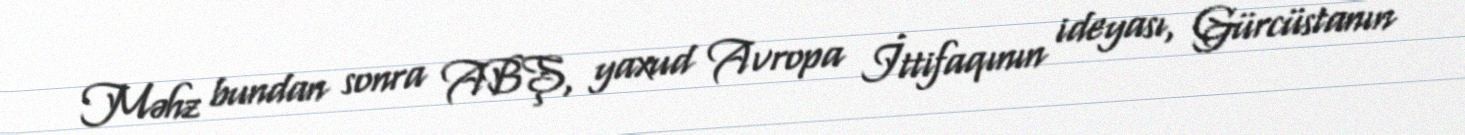
Məhz bundan sonra ABŞ, yaxud Avropa İttifaqının ideyası, Gürcüstanın